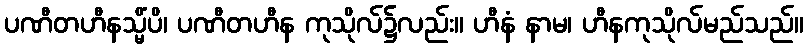
ပဏီတဟီနသ္မိံပိ၊ ပဏီတဟီန ကုသိုလ်၌လည်း။ ဟီနံ နာမ၊ ဟီနကုသိုလ်မည်သည်။